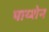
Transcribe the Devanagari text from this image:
पाय्शेन